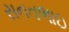
સનતભાઇ